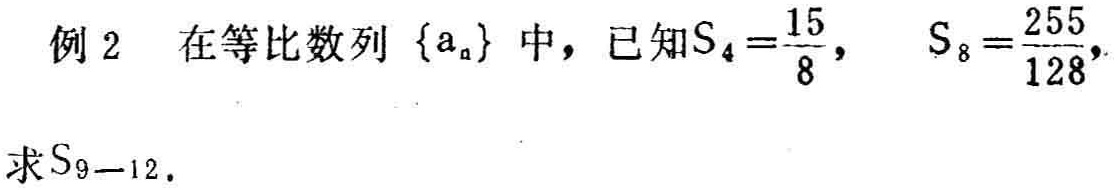
例2 在等比数列\(\{a_{n}\}\)中，已知\(S_{4}=\frac{15}{8}\)， \(S_{8}=\frac{255}{128}\)，求\(S_{9 - 12}\)。